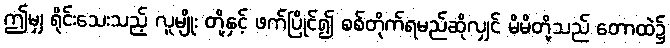
ဤမျှ ရိုင်းသေးသည့် လူမျိုး တို့နှင့် ဖက်ပြိုင်၍ စစ်တိုက်ရမည်ဆိုလျှင် မိမိတို့သည် တောထဲ၌